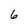
Character: 6